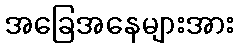
အခြေအနေများအား